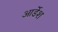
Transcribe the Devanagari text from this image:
आर्डेश